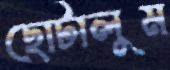
ছোটালুম